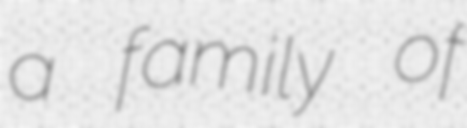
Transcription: a family of